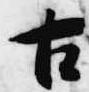
古